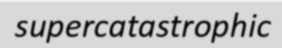
supercatastrophic